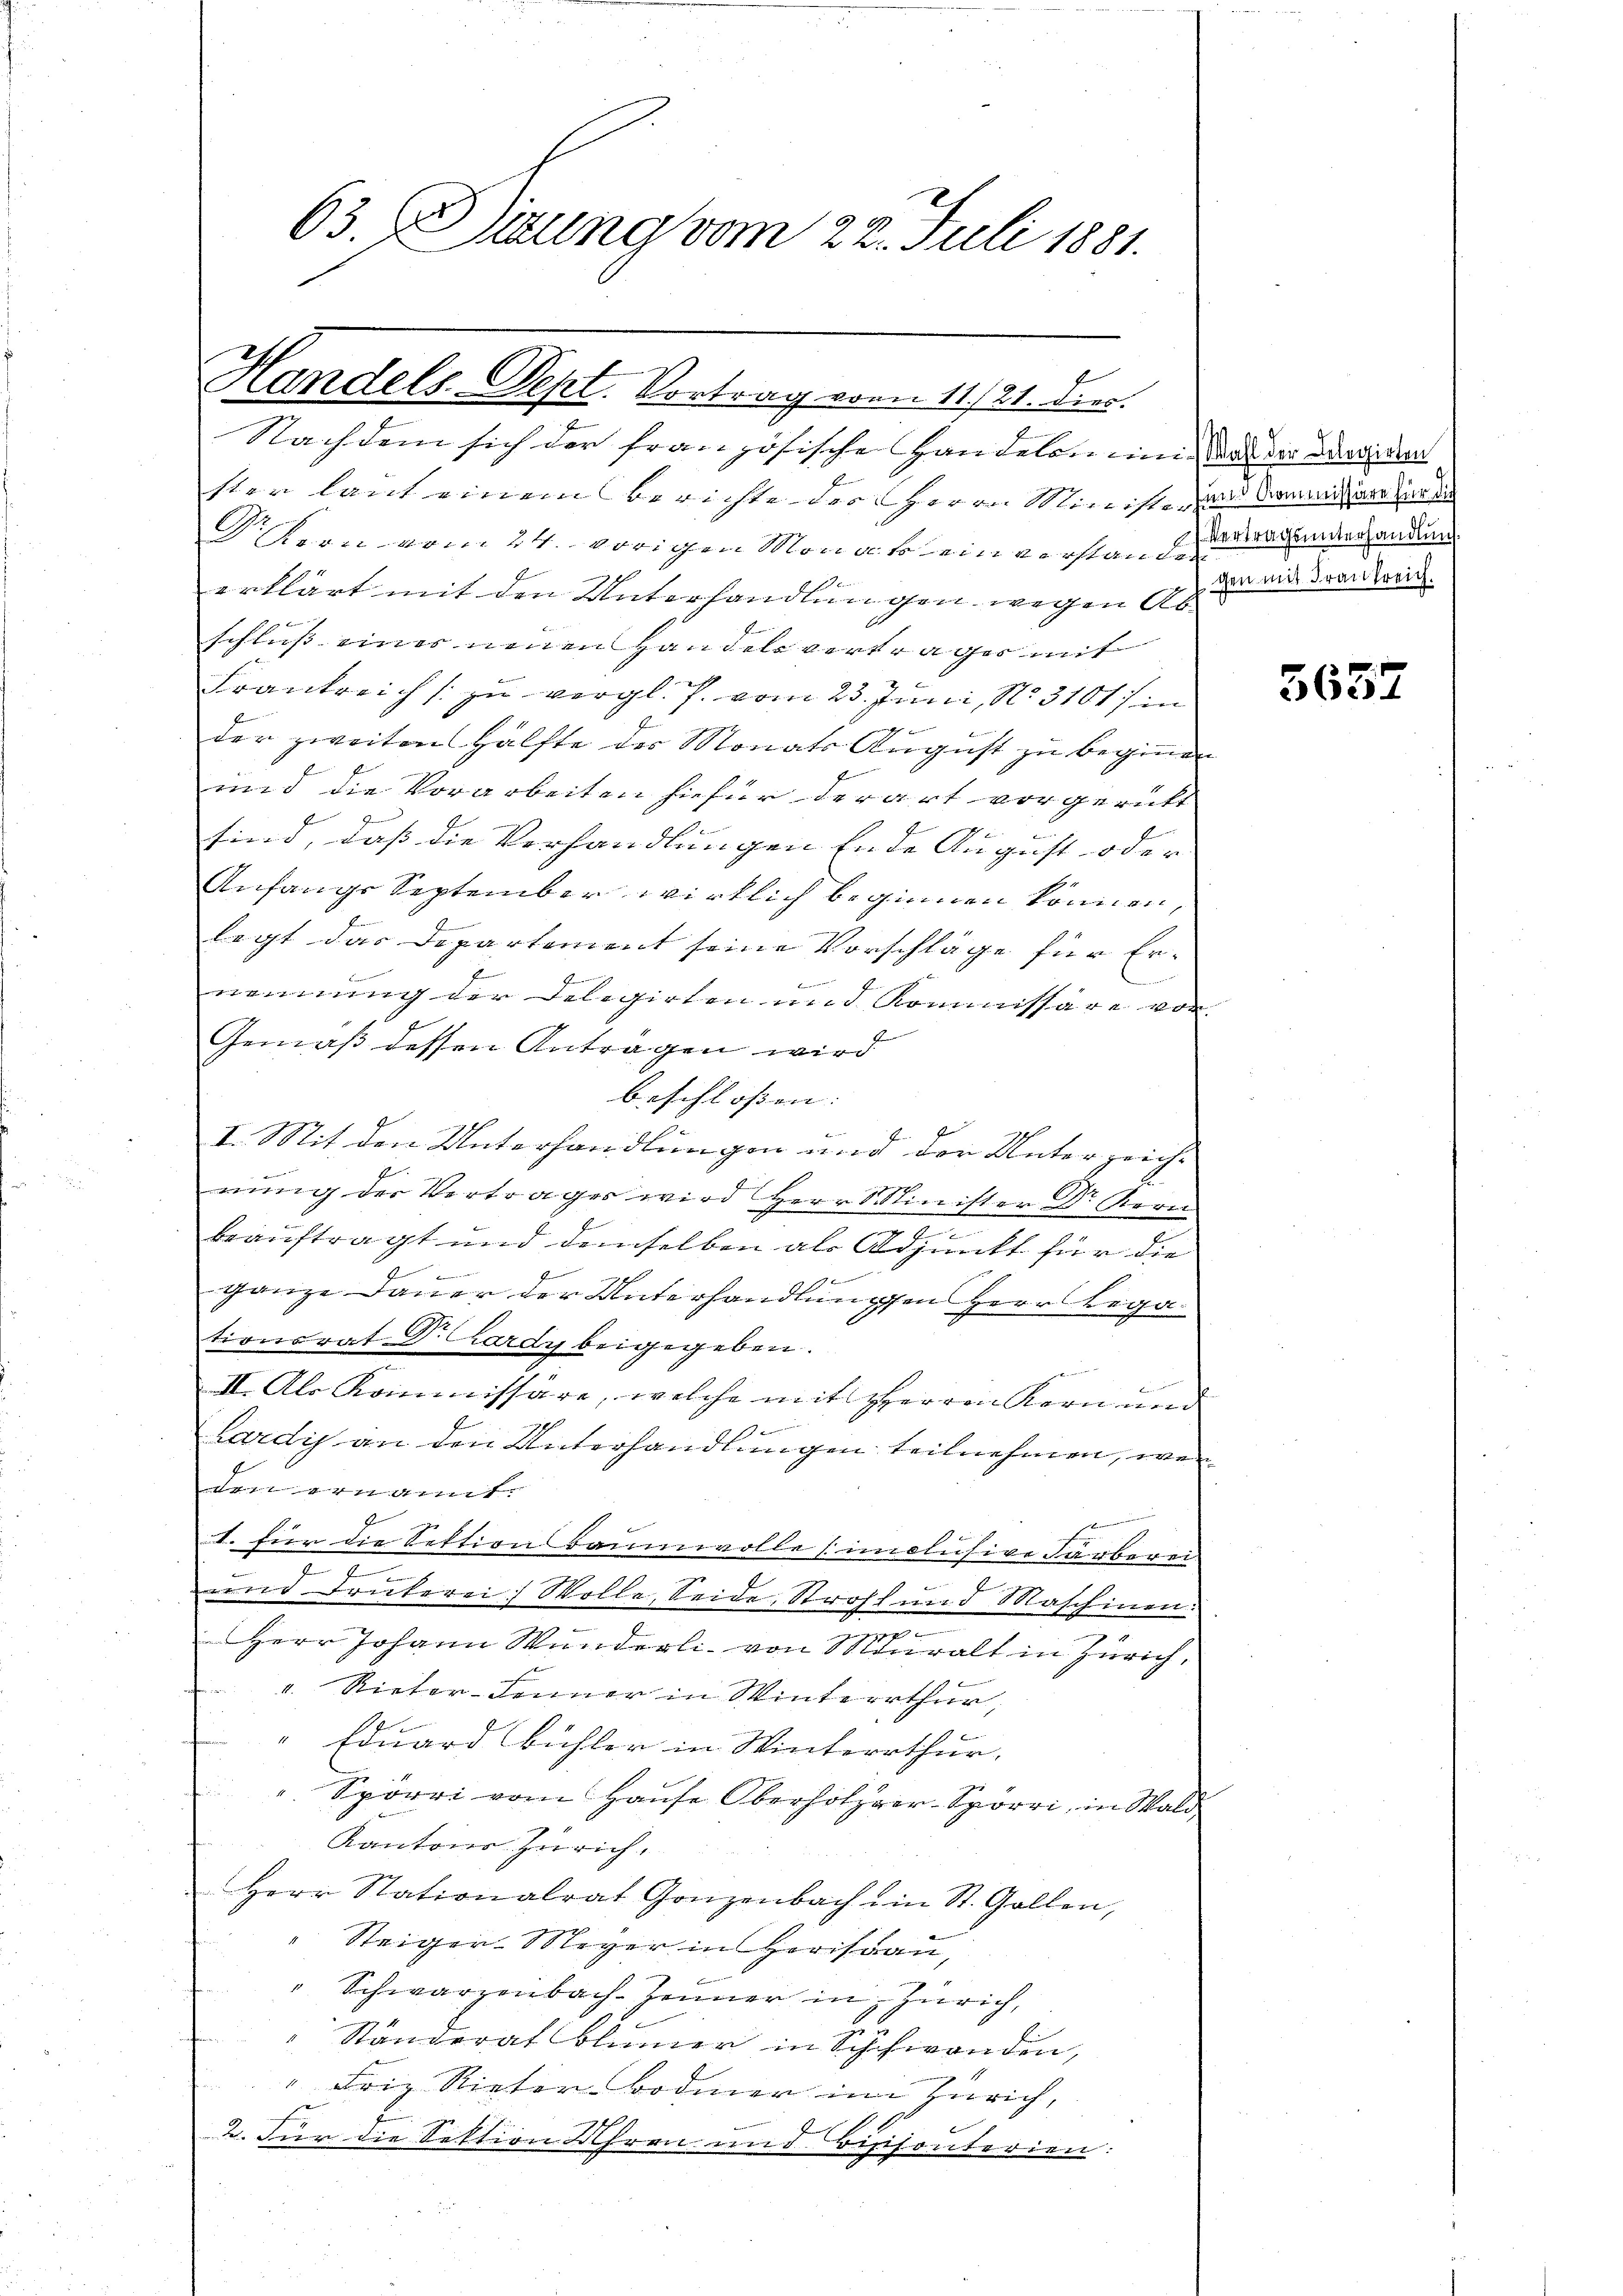
63. Darung vom 22. Juli 1881.

Handels-Dept. Vortrag von 11./21. dies

Nachdem sich der französische Handelen in der der darwieden
ster laut einem Berichte der Herrn Ministe zur Sanitare der
Dr. Kern vom 24. vorigen Monat einverstanden
erklärt mit den Unterhandlungen wegen Abschluss eines einen Handels vertrages mit
Frankreich / zu vergl. J. vom 23. Juni, N. 3101/ in
der zweiten Hälfte des Monats August zu beginnen
und die Vorarbeiten hiefür derart vorgericht
sind, daß die Verhandlungen Ende August oder
Anfange September wirklich beginnen können,
legt das Departement seine Vorschläge für Er-
Je
nennung der Delegirten und Kommissäre von
Gemäß dessen Antragen wird
beschlossen:
I. Mit den Unterhandlungen und der Unterzeich-

nung der Vertrages wird Herr Minister Dr Kern
n
beauftragt und demselben als Adjunkt für die
1
ganze Dauer der Unterhandlungen Herr Rega
tionsrat Dr. Lardy beigegeben.
II. Als Kommissäre, welche mit Herren Kern und
.
Lardis an den Unterhandlungen teilnehmen, wen
denn ernannt.
1. für die Sektion Baumwolle (imolusive Färberei
1
wird Drukerei) Wolle, Seide Stroff und Maschinen:
Herr Johann Wunderli von Muralt in Zürich,
v. Rietor-Jänner in Winterrthur,
" Eduard Bühler in Winterrthur.
Spörri vom Hause Oberholzger-Spörri, in Wald
Kantons Zürich.
Herr Stationalrat Gonzenbach ein St. Gallen,
Steiger-Meyer in Herisau,
" Schwarzenbach Jenner in Zürich,
8
Ständerat Blümer in Schwanden,
" Friz Rieter-Bodmer im Zürich,
2. Für die Sektion Uhren und Bisisonterien:

Vertragsunterhandlung.
gen mit Frankreich.

5657